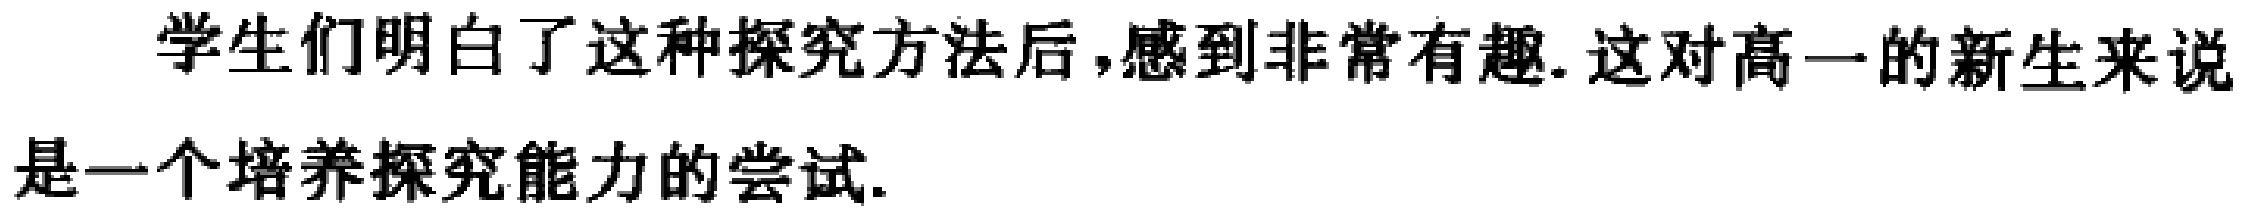
学生们明白了这种探究方法后,感到非常有趣. 这对高一的新生来说是一个培养探究能力的尝试.